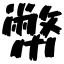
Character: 幣